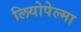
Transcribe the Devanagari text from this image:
लियोपेल्मा